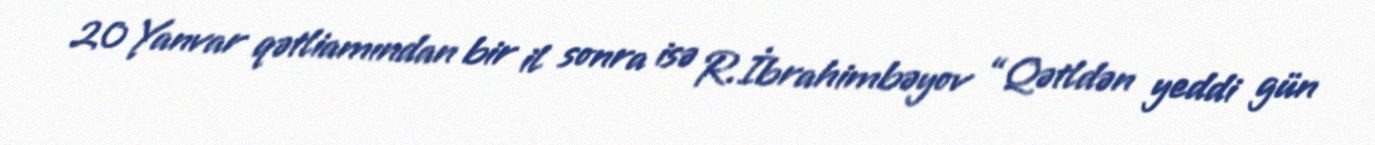
20 Yanvar qətliamından bir il sonra isə R.İbrahimbəyov “Qətldən yeddi gün